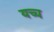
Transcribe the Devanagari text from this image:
यच्च